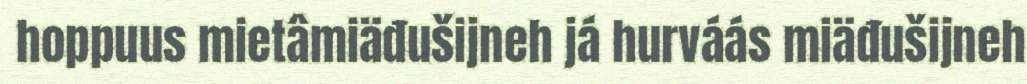
hoppuus mietâmiäđušijneh já hurváás miäđušijneh